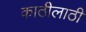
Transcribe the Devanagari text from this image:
काठीलाठी